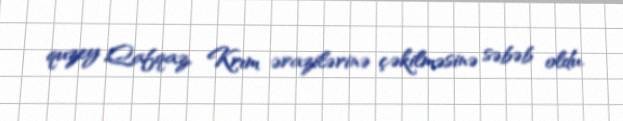
quzey Qafqaz, Krım ərazilərinə çəkilməsinə səbəb oldu.